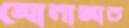
মোনাজাত